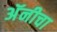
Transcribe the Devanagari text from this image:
अॅनीचा